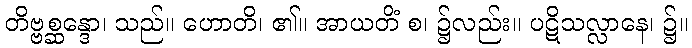
တိဗ္ဗစ္ဆန္ဒော၊ သည်။ ဟောတိ၊ ၏။ အာယတိံ စ၊ ၌လည်း။ ပဋိသလ္လာနေ၊ ၌။